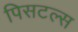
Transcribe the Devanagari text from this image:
पिसटल्स